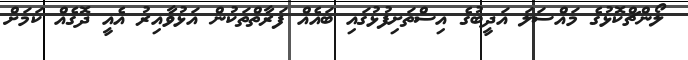
ލޯންޗްކޮޅުގެ މައްސަލަ އަދީބުގެ އިސްތަށިފުޅުގައި ބައެއް ފަރާތްތަކުން އަޅުވާއިރު އެއީ ދޮގެއް ކަމަށް